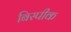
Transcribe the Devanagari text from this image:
बिस्पीक